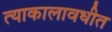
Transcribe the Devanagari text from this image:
त्याकालावधीत